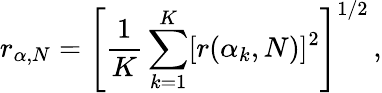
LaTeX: r_{\alpha,N}=\left[\frac{1}{K}\sum_{k=1}^{K}[r(\alpha_{k},N)]^{2}\right]^{1/2}\, ,